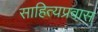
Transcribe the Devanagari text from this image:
साहित्यप्रवास